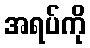
အရပ်ကို